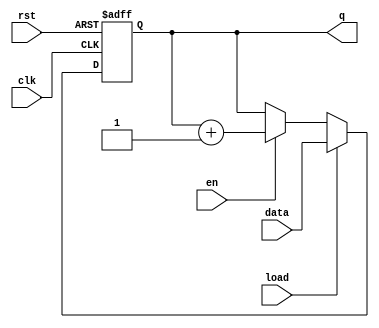
module synchronous_counter (
    input wire clk,          // Clock input
    input wire rst,          // Asynchronous reset
    input wire en,           // Enable input
    input wire load,         // Load input
    input wire [3:0] data,   // Load value input
    output reg [3:0] q       // Current count output
);
    
    // Counter mode selection
    parameter COUNTER_MODE = 0; // 0 for Binary, 1 for BCD

    always @(posedge clk or posedge rst) begin
        if (rst) begin
            q <= 4'b0000; // Reset the counter to 0
        end else if (load) begin
            q <= data; // Load the specified value into the counter
        end else if (en) begin
            if (COUNTER_MODE == 0) begin
                // Binary Counter
                q <= q + 1; // Increment the counter
            end else if (COUNTER_MODE == 1) begin
                // BCD Counter
                if (q == 4'b1001) begin
                    q <= 4'b0000; // Reset to 0 after reaching 9
                end else begin
                    q <= q + 1; // Increment the counter
                end
            end
        end
    end

endmodule